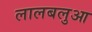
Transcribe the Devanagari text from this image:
लालबलुआ